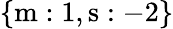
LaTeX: \mathrm{\{ m:1,s:-2\} }